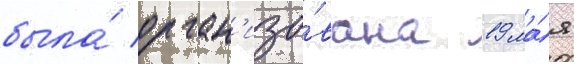
была́ орган'изо́вана 19 ма́я